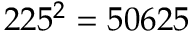
2 2 5 ^ { 2 } = 5 0 6 2 5